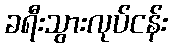
ခရီးသွားလုပ်ငန်း